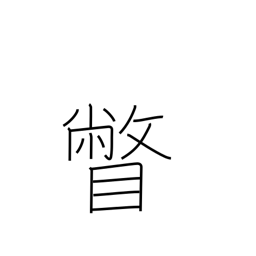
Meaning: glance at